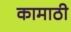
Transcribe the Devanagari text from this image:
कामाठी